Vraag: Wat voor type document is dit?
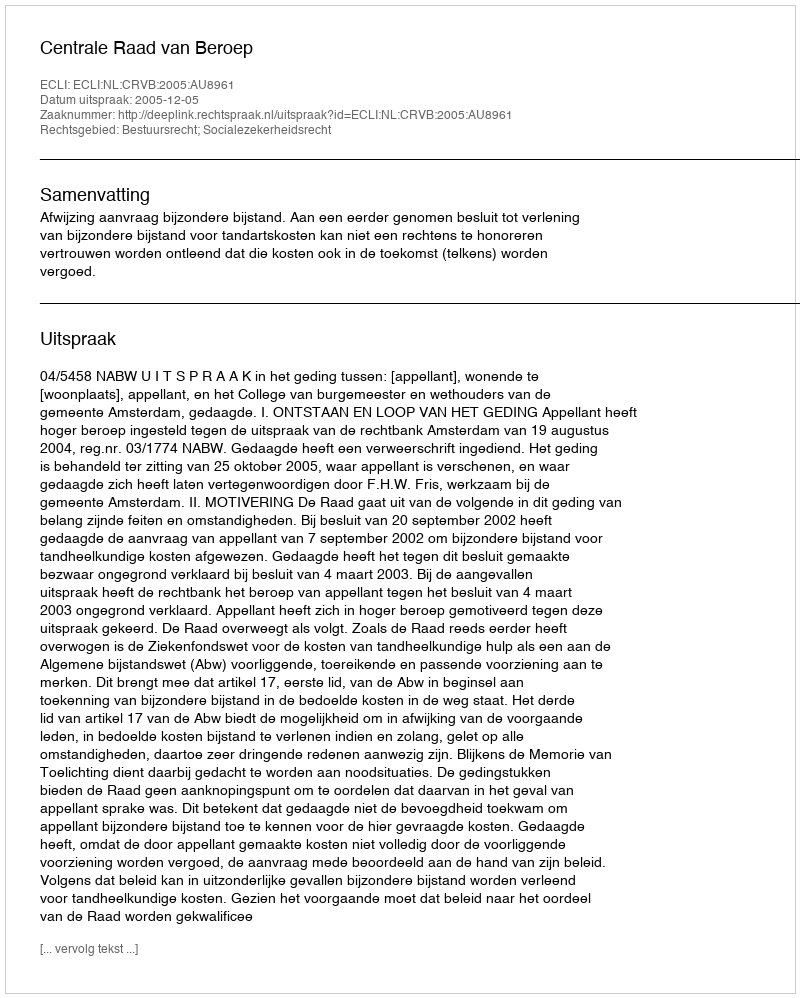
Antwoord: Uitspraak